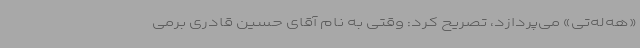
«هه‌له‌تی» می‌پردازد، تصریح کرد: وقتی به نام آقای حسین قادری برمی